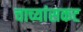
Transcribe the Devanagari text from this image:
चाच्यांसकट